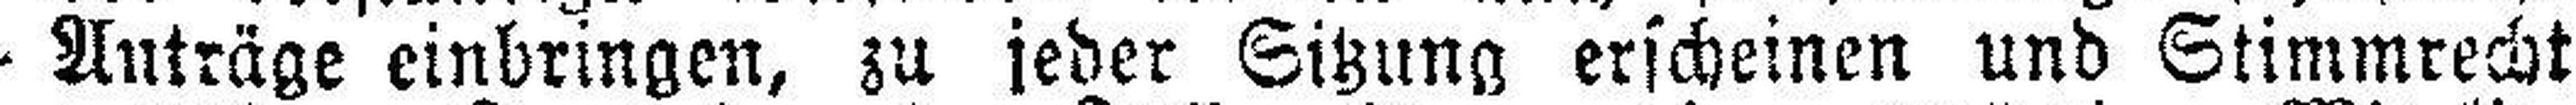
Anträge einbringen, zu jeder Sitzung erscheinen und Stimmrecht